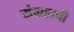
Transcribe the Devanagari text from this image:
यंग्रहाची